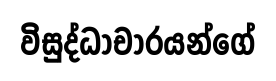
විසුද්ධාචාරයන්ගේ